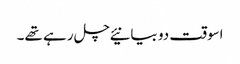
اسوقت دو بیانیئے چل رہے تھے۔